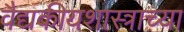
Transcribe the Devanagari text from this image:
वैद्यकीयशास्त्राच्या